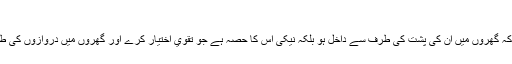
۱۸۹)
نيکي يہ نہيں ہے کہ گھروں ميں ان کى پشت کى طرف سے داخل ہو بلکہ نيکى اس کا حصہ ہے جو تقويٰ اختيار کرے اور گھروں ميں دروازوں کى طرف سے داخل ہو۔